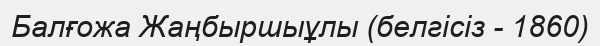
Балғожа Жаңбыршыұлы (белгісіз - 1860)